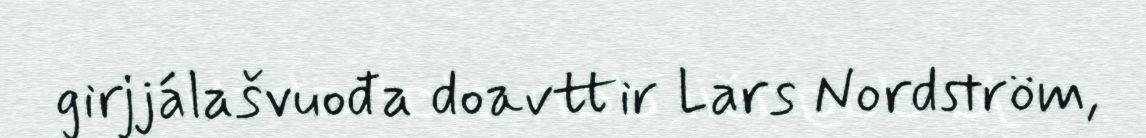
girjjálašvuođa doavttir Lars Nordström,